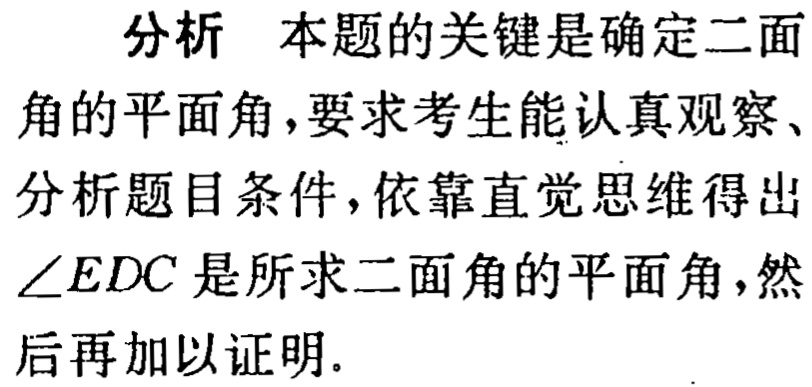
分析 本题的关键是确定二面角的平面角,要求考生能认真观察、分析题目条件,依靠直觉思维得出$\angle EDC$是所求二面角的平面角,然后再加以证明.